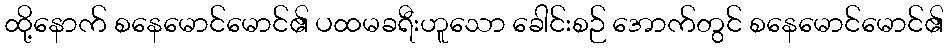
ထို့နောက် စနေမောင်မောင်၏ ပထမခရီးဟူသော ခေါင်းစဉ် အောက်တွင် စနေမောင်မောင်၏